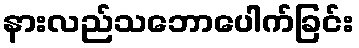
နားလည်သဘောပေါက်ခြင်း